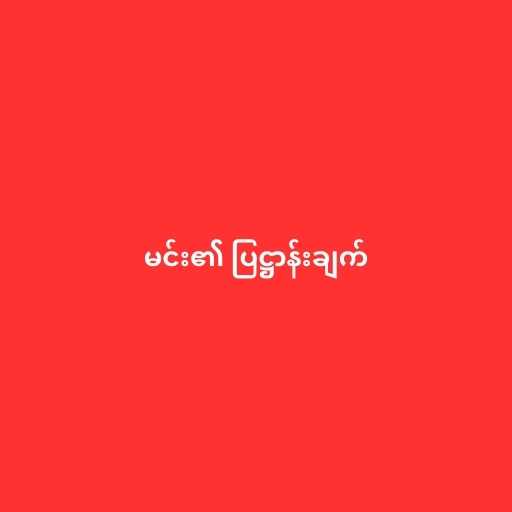
မင်း၏ ပြဋ္ဌာန်းချက်